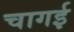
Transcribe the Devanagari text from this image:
चागई